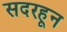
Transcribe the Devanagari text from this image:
सदरहून